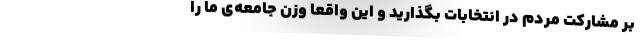
بر مشارکت مردم در انتخابات بگذارید و این واقعاً وزن جامعه‌ی ما را